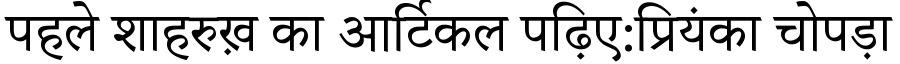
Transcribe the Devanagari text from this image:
पहले शाहरुख़ का आर्टिकल पढ़िए:प्रियंका चोपड़ा